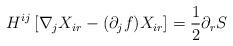
LaTeX: \begin{align*} H^{ij} \left[ \nabla_j X_{ir} - (\partial_j f) X_{ir} \right]= \frac{1}{2}\partial_{r}S\end{align*}